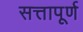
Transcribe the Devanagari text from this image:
सत्तापूर्ण